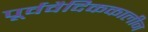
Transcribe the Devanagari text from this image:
पूर्ववैदिककालीन